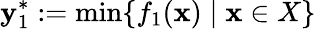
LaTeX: \mathbf{y}_{1}^{*}:=\operatorname*{min}\{ f_{1}(\mathbf{x})\mid\mathbf{x}\in X\}